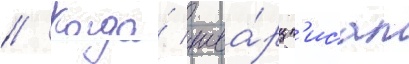
// Когда́ шва́рц п'исал